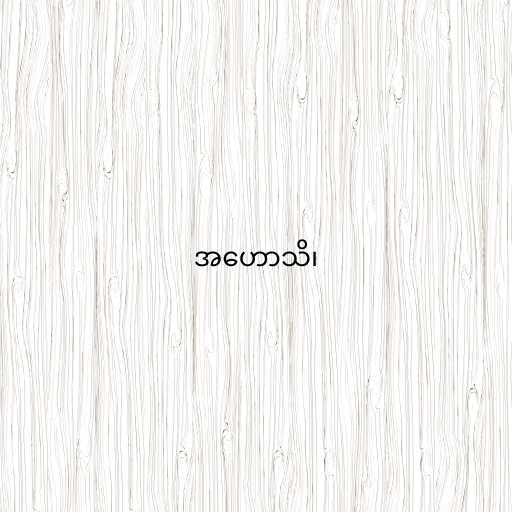
အဟောသိ၊